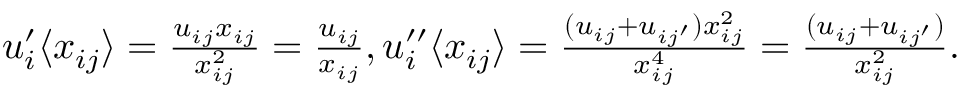
\begin{array} { r } { u _ { i } ^ { \prime } \langle x _ { i j } \rangle = \frac { u _ { i j } x _ { i j } } { x _ { i j } ^ { 2 } } = \frac { u _ { i j } } { x _ { i j } } , u _ { i } ^ { \prime \prime } \langle x _ { i j } \rangle = \frac { ( u _ { i j } + u _ { i j ^ { \prime } } ) x _ { i j } ^ { 2 } } { x _ { i j } ^ { 4 } } = \frac { ( u _ { i j } + u _ { i j ^ { \prime } } ) } { x _ { i j } ^ { 2 } } . } \end{array}